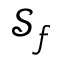
\mathcal { S } _ { f }